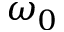
\omega _ { 0 }